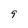
Character: 9